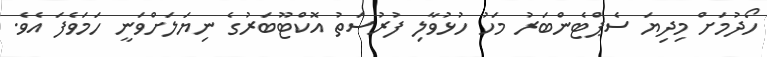
ހޯދުމަށް މިދިޔަ ސެޕްޓެންބަރު މަހު ހުޅުވާލި ފުރުސަތު އޮކްޓޫބަރުގެ ނިޔަލަށްވަނީ ހަމަވެފަ އެވެ.